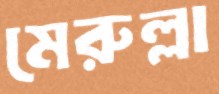
মেরুল্লা